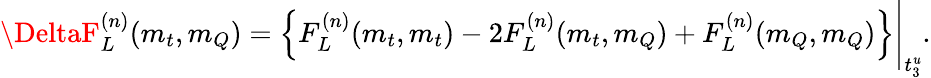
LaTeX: \DeltaF_{L}^{(n)}(m_{t},m_{Q})=\left\{ F_{L}^{(n)}(m_{t},m_{t})-2F_{L}^{(n)}(m_{t},m_{Q})+F_{L}^{(n)}(m_{Q},m_{Q})\right\} \Bigg\vert_{t_{3}^{\mathit{u}}}.